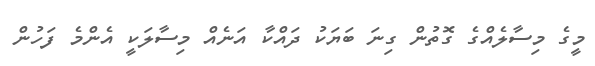
މީގެ މިސާލެއްގެ ގޮތުން ގިނަ ބަޔަކު ދައްކާ އަނެއް މިސާލަކީ އެންމެ ފަހުން